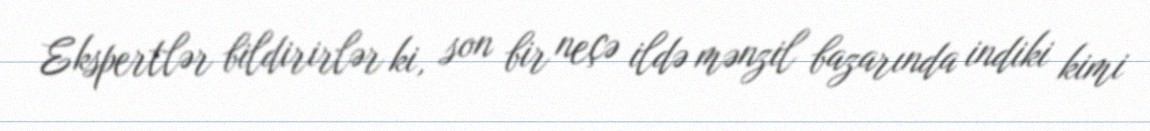
Ekspertlər bildirirlər ki, son bir neçə ildə mənzil bazarında indiki kimi